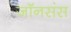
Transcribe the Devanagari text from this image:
जॉनसंस